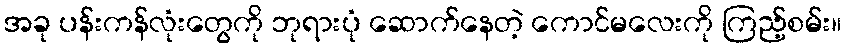
အခု ပန်းကန်လုံးတွေကို ဘုရားပုံ ဆောက်နေတဲ့ ကောင်မလေးကို ကြည့်စမ်း။